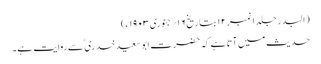
(البدر جلد ۱ نمبر ۱۲ بتاریخ ۱۶؍ جنوری ۱۹۰۳ ء)
حدیث میں آتا ہے کہ حضرت ابوسعیدخدری ؓ سے روایت ہے۔